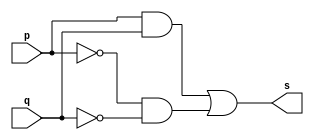
// Exercicio02 - XNORexpression
// Nome: Luiz Henrique da Costa Silva

// -- xnor expression gate

module xnorexpressiongate (output s, input p, q);
	assign s = (p&q)|(~p & ~q);

endmodule			//xnorexpressiongate

// -- test xnor expression gate

module testxnorexpressiongate;
					//dados locais

	reg a, b;		//definir registradores
	
	wire s;		//definir conexao (fio)

					//instancia
	xnorexpressiongate XNOREXPRESSION1 (s, a, b);
					//preparacao
	initial begin:start
		a=0; b=0;	//atribuicao simultanea dos valores iniciais
	end
					//parte principal
					
	initial begin
		$display("Exercicio07 - Luiz Henrique da Costa Silva - 449800");
		$display("Test XNOR Expression gate:");
		$display("\n (a & b)|(~a & ~b) = s\n");
		$monitor("%b | %b = %b", a, b, s);
		#1 a = 0; b = 0;
		#1 a = 0; b = 1;
		#1 a = 1; b = 0;
		#1 a = 1; b = 1;

	end
endmodule //testnorexpressiongate